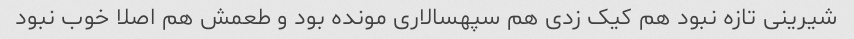
شیرینی تازه نبود هم کیک زدی هم سپهسالاری مونده بود و طعمش هم اصلا خوب نبود